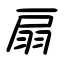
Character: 扇